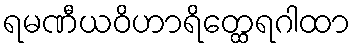
ရမဏီယဝိဟာရိတ္ထေရဂါထာ